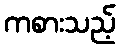
ကစားသည့်